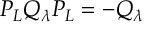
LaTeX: P _ { L } Q _ { \lambda } P _ { L } = - Q _ { \lambda }